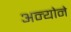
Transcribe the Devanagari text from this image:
अन्योने